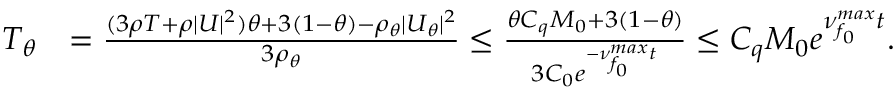
\begin{array} { r l } { T _ { \theta } } & { = \frac { ( 3 \rho T + \rho | U | ^ { 2 } ) \theta + 3 ( 1 - \theta ) - \rho _ { \theta } | U _ { \theta } | ^ { 2 } } { 3 \rho _ { \theta } } \leq \frac { \theta C _ { q } M _ { 0 } + 3 ( 1 - \theta ) } { 3 C _ { 0 } e ^ { - \nu _ { f _ { 0 } } ^ { m a x } t } } \leq C _ { q } M _ { 0 } e ^ { \nu _ { f _ { 0 } } ^ { m a x } t } . } \end{array}